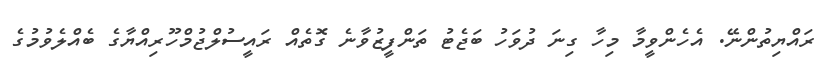
ރައްޔިތުންނޭ. އެހެންވީމާ މިހާ ގިނަ ދުވަހު ބަޖެޓު ތަންފީޒުވާނެ ގޮތެއް ރައީސުލްޖުމްހޫރިއްޔާގެ ބެއްލެވުމުގެ